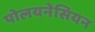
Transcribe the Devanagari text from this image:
पोलयनेसियन